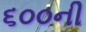
૬૦૦ની